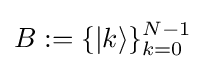
B:=\{|k\rangle \}_{k=0}^{N-1}